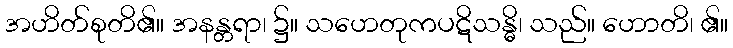
အဟိတ်စုတိ၏။ အနန္တရာ၊ ၌။ သဟေတုကပဋိသန္ဓိ၊ သည်။ ဟောတိ၊ ၏။